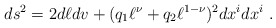
\begin{align*}ds^2=2 d\ell dv+ (q_1 \ell^\nu+q_2 \ell^{1-\nu})^2 dx^idx^i\ .\end{align*}